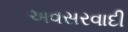
અવસરવાદી